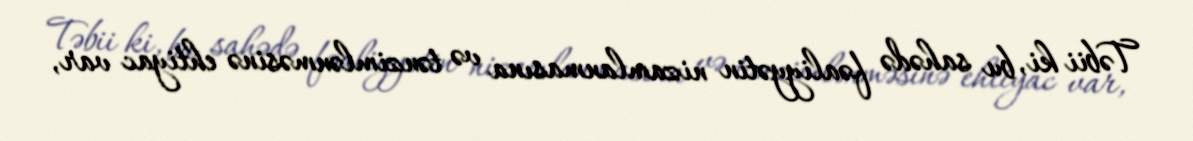
Təbii ki, bu sahədə fəaliyyətin nizamlanmasına və tənzimlənməsinə ehtiyac var,